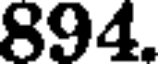
894.